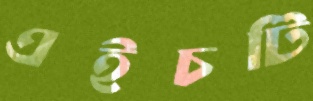
এইচটি